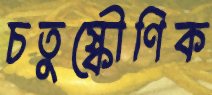
চতুষ্কৌণিক